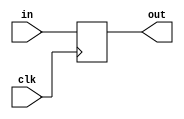
module PCReg(in, out, clk);
    input [31:0] in;
    input wire clk;
    output reg [31:0] out;
    always @ (posedge clk)
        out <= in;
endmodule